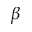
\beta